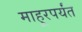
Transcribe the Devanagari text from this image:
माहूरपर्यंत